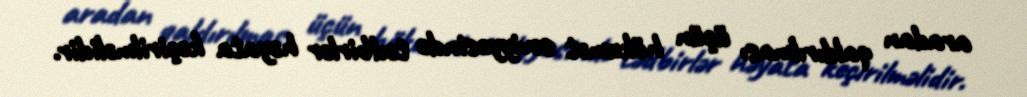
aradan qaldırılması üçün hökumət səviyyəsində tədbirlər həyata keçirilməlidir.